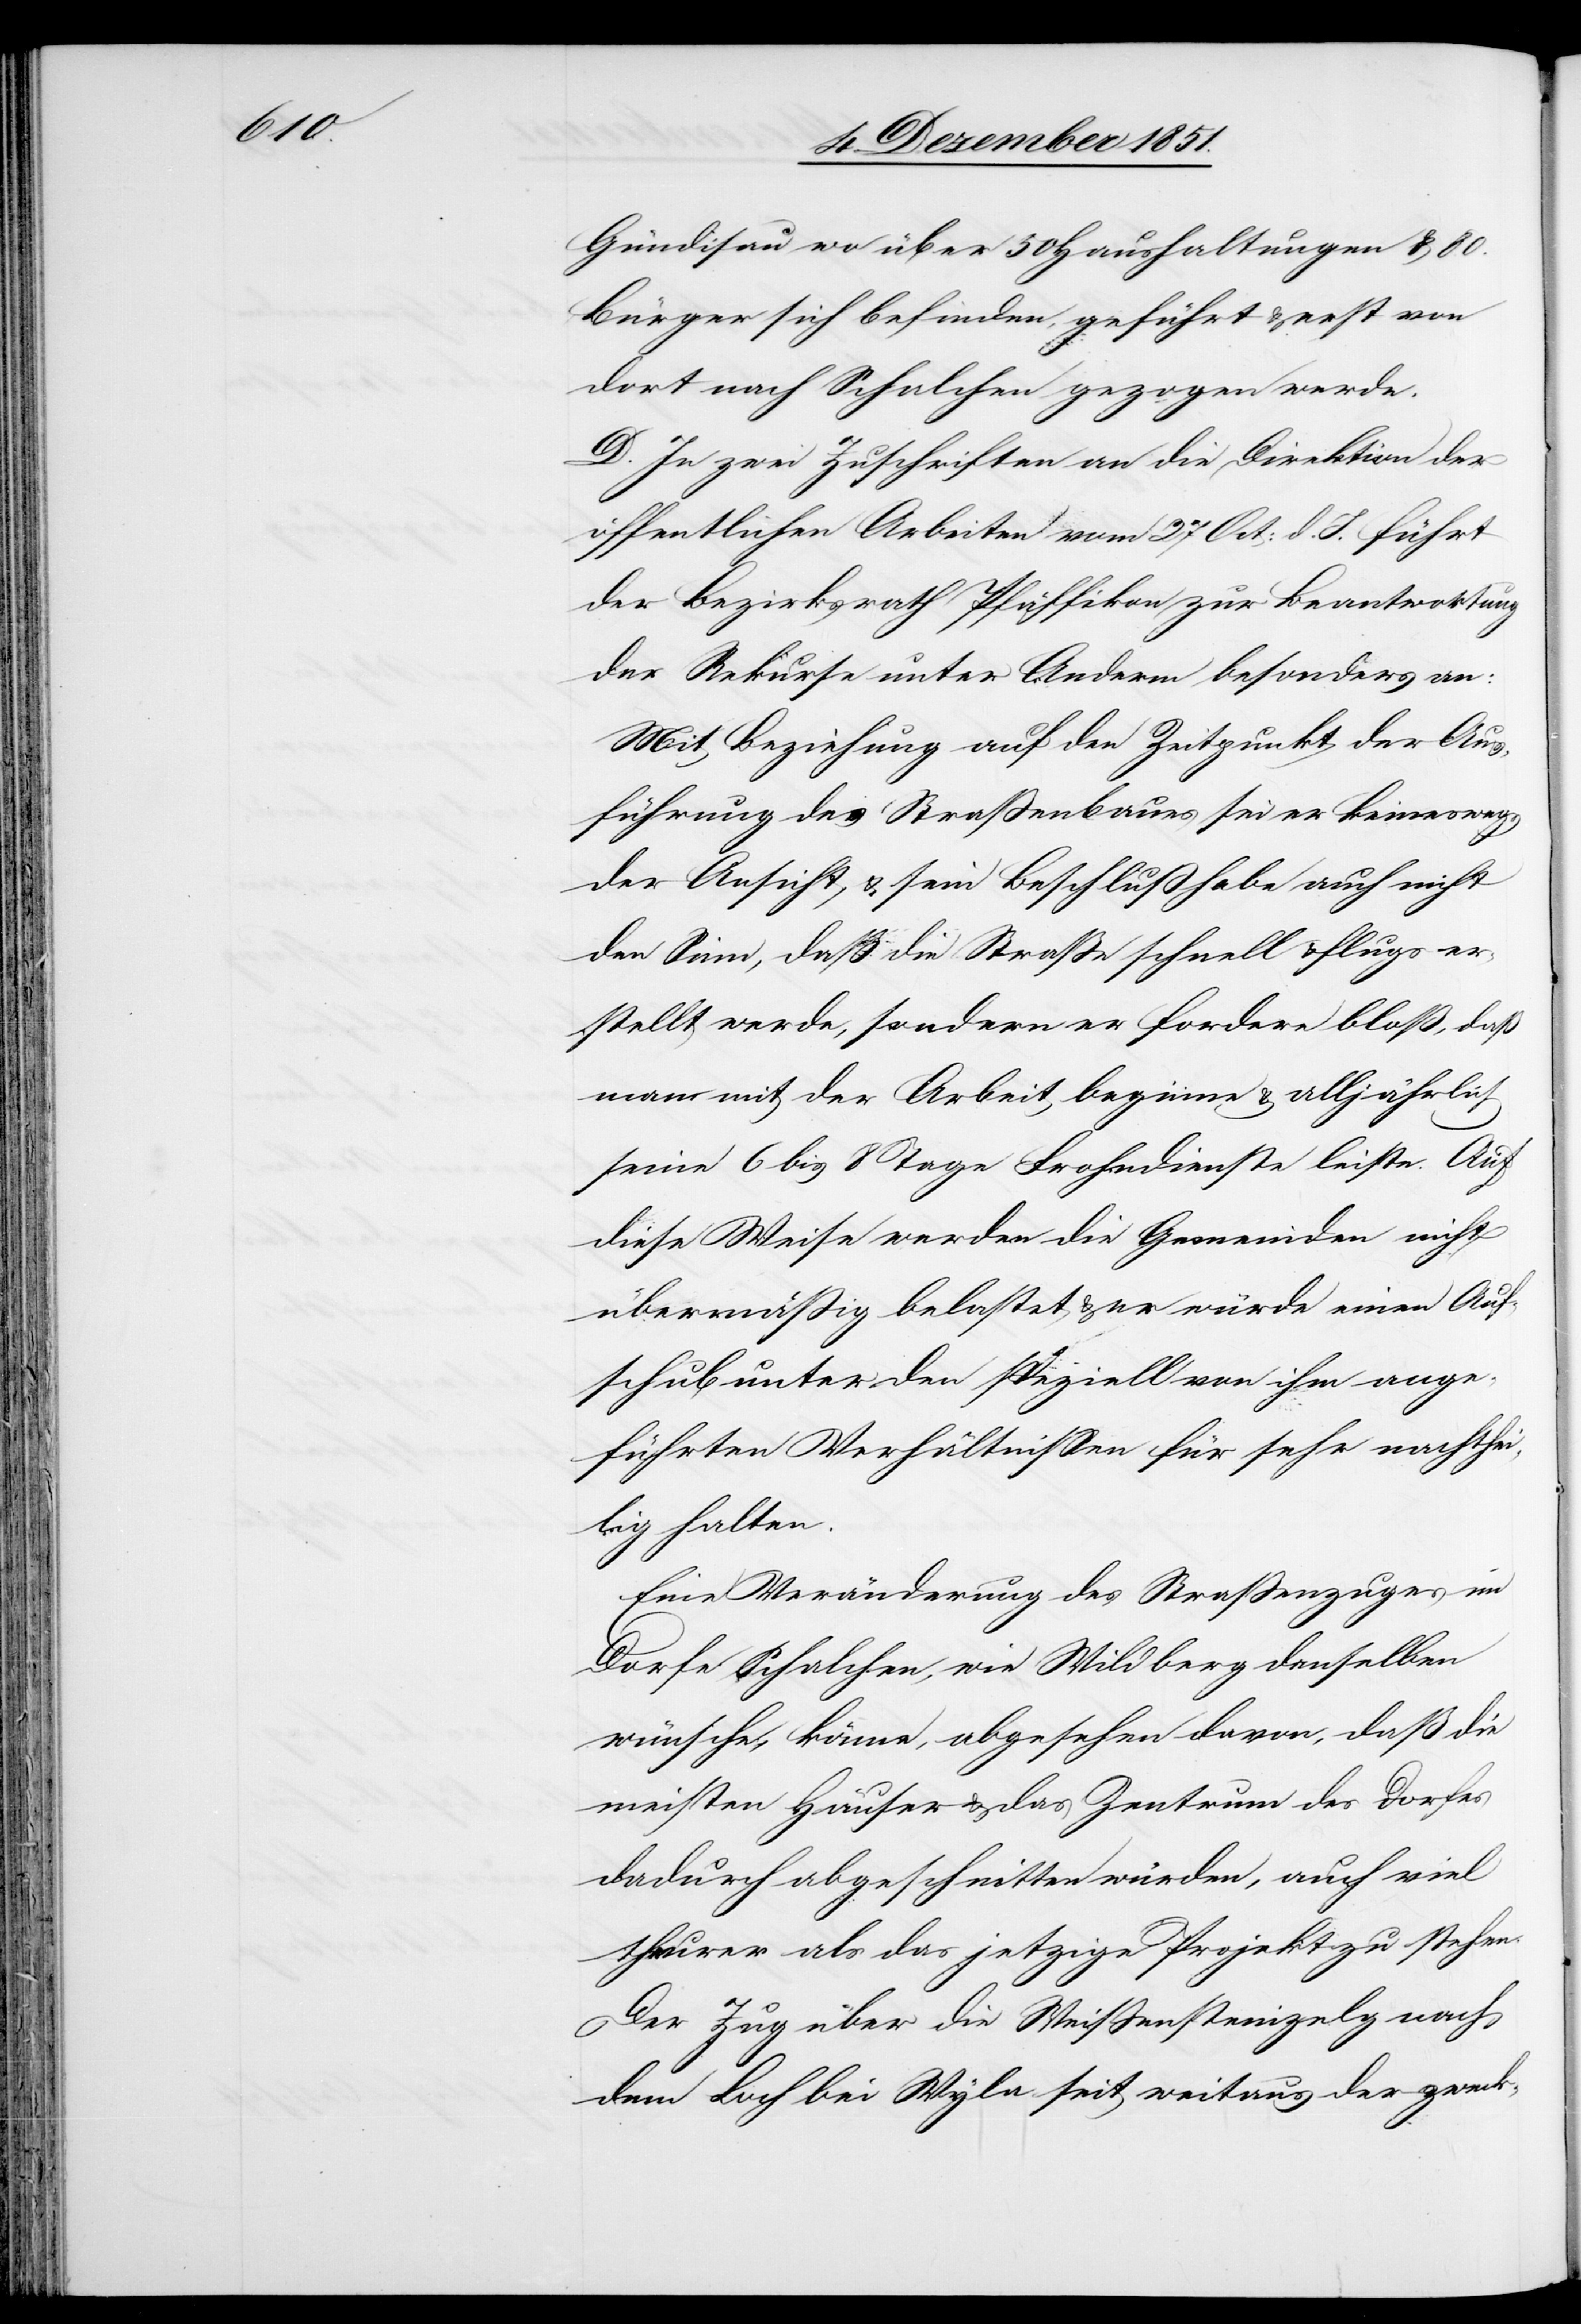
Gündisau wo über 50 Haushaltungen & 80.
Bürger sich befinden, geführt & erst von
dort nach Schalchen gezogen werde.
D. In zwei Zuschriften an die Direktion der
öffentlichen Arbeiten vom 27 Oct: d. J. führt
der Bezirksrath Pfäffikon zur Beantwortung
der Rekurse unter Anderm besonders an:
Mit Beziehung auf den Zeitpunkt der Aus¬
führung des Straßenbaues sei er keineswegs
der Ansicht & sein Beschluß habe auch nicht
den Sinn, daß die Straße schnell & flugs er¬
stellt werde, sondern er fordere bloß, daß
man mit der Arbeit beginne & alljährlich
seine 6 bis 8 Tage Frohndienste leiste. Auf
diese Weise werden die Gemeinden nicht
übermäßig belastet & er würde einen Auf¬
schub unter den speziell von ihm ange¬
führten Verhältnissen für sehr nachthe¬
ilig halten.
Eine Veränderung des Straßenzuges im
Dorfe Schalchen, wie Wildberg denselben
wünsche, käme, abgesehen davon, daß die
meisten Häuser & das Zentrum des Dorfes
dadurch abgeschnitten würden, auch viel
theurer als das jetzige Projekt zu stehen.
Der Zug über die Weißensteinzelg nach
dem Loch bei Wyla seit [recte: sei] weitaus